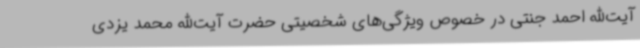
آیت‌الله احمد جنتی در خصوص ویژگی‌های شخصیتی حضرت آیت‌الله محمد یزدی